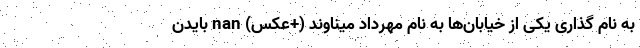
به نام گذاری یکی از خیابان‌ها به نام مهرداد میناوند (+عکس) nan بایدن